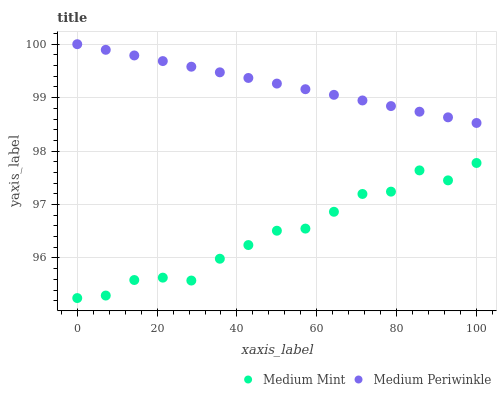
| xaxis_label | Medium Mint | Medium Periwinkle |
 | --- | --- | --- |
 | 0 | 95.2 | 100 |
 | 7.14 | 95.3 | 99.9 |
 | 14.3 | 95.6 | 99.8 |
 | 21.4 | 95.6 | 99.7 |
 | 28.6 | 95.6 | 99.6 |
 | 35.7 | 96 | 99.5 |
 | 42.9 | 96.2 | 99.4 |
 | 50 | 96.5 | 99.3 |
 | 57.1 | 96.5 | 99.2 |
 | 64.3 | 96.9 | 99.1 |
 | 71.4 | 97.2 | 98.9 |
 | 78.6 | 97.2 | 98.8 |
 | 85.7 | 97.6 | 98.7 |
 | 92.9 | 97.5 | 98.6 |
 | 100 | 97.8 | 98.5 |